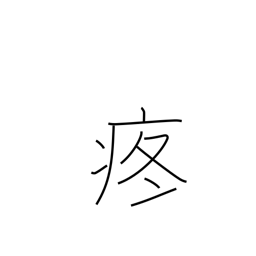
Meaning: pain